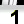
Digit: 1